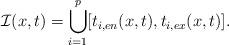
LaTeX: \begin{align*} \mathcal{I}(x,t)=\bigcup_{i=1}^p[t_{i,en}(x,t),t_{i,ex}(x,t)].\end{align*}